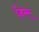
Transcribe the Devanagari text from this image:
जिम्मू